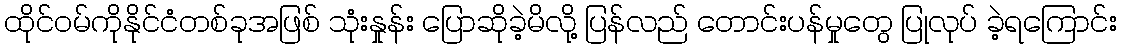
ထိုင်ဝမ်ကိုနိုင်ငံတစ်ခုအဖြစ် သုံးနှုန်း ပြောဆိုခဲ့မိလို့ ပြန်လည် တောင်းပန်မှုတွေ ပြုလုပ် ခဲ့ရကြောင်း